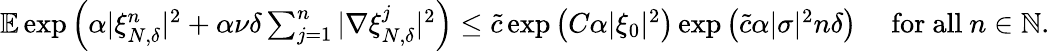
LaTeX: \begin{array}{r}{\mathbb{E}\exp\left(\alpha|\xi_{N,\delta}^{n}|^{2}+\alpha\nu\delta\sum_{j=1}^{n}|\nabla\xi_{N,\delta}^{j}|^{2}\right)\leq\tilde{c}\exp\left(C\alpha|\xi_{0}|^{2}\right)\exp\left(\tilde{c}\alpha|\sigma|^{2}n\delta\right)\quad\mathrm{~for~all~}n\in\mathbb{N}.}\end{array}